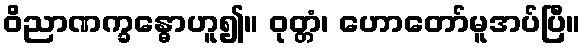
ဝိညာဏက္ခန္ဓောဟူ၍။ ဝုတ္တံ၊ ဟောတော်မူအပ်ပြီ။